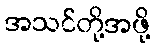
အသင်တို့အဖို့